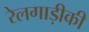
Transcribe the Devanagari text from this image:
रेलगाड़ीकी